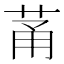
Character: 𫈏